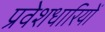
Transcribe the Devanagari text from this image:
प्रवेशधारियों